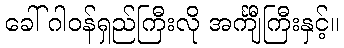
ခေါ် ဂါဝန်ရှည်ကြီးလို အင်္ကျီကြီးနှင့်။